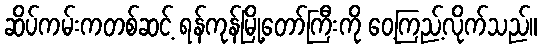
ဆိပ်ကမ်းကတစ်ဆင့် ရန်ကုန်မြို့တော်ကြီးကို ဝေ့ကြည့်လိုက်သည်။